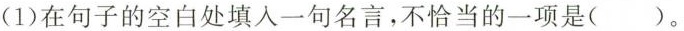
(1)在句子的空白处填入一句名言，不恰当的一项是()。